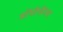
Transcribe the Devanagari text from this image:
हॉथोर्न्डेनचा